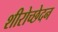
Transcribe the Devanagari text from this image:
शीरोच्छेदन